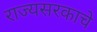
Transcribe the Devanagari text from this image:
राज्यसरकाचे